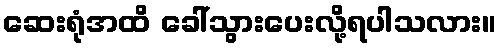
ဆေးရုံအထိ ခေါ်သွားပေးလို့ရပါသလား။